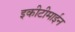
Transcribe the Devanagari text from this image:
इकीटीमाईन